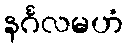
နင်္ဂလမဟံ